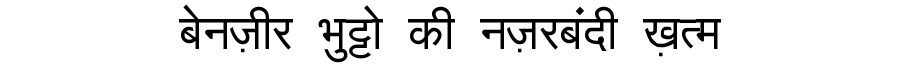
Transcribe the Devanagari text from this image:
बेनज़ीर भुट्टो की नज़रबंदी ख़त्म